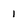
Character: 1